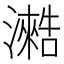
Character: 𰝣